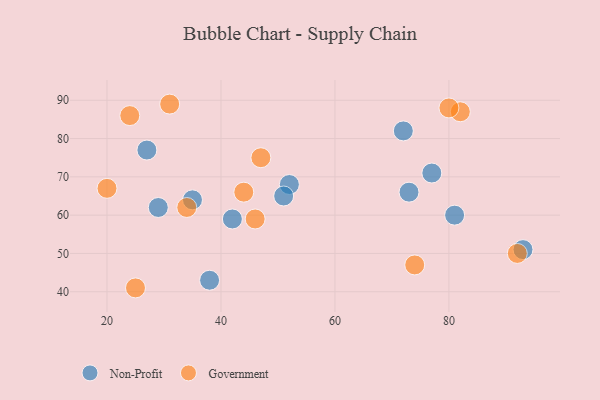
{"axis": {"x": "GDP", "y": "Life Expectancy"}, "legend": ["Government", "Non-Profit"], "data": [{"x": "52", "y": 68, "type": "Non-Profit"}, {"x": "51", "y": 65, "type": "Non-Profit"}, {"x": "29", "y": 62, "type": "Non-Profit"}, {"x": "77", "y": 71, "type": "Non-Profit"}, {"x": "81", "y": 60, "type": "Non-Profit"}, {"x": "27", "y": 77, "type": "Non-Profit"}, {"x": "73", "y": 66, "type": "Non-Profit"}, {"x": "38", "y": 43, "type": "Non-Profit"}, {"x": "93", "y": 51, "type": "Non-Profit"}, {"x": "42", "y": 59, "type": "Non-Profit"}, {"x": "72", "y": 82, "type": "Non-Profit"}, {"x": "35", "y": 64, "type": "Non-Profit"}, {"x": "44", "y": 66, "type": "Government"}, {"x": "31", "y": 89, "type": "Government"}, {"x": "47", "y": 75, "type": "Government"}, {"x": "34", "y": 62, "type": "Government"}, {"x": "82", "y": 87, "type": "Government"}, {"x": "25", "y": 41, "type": "Government"}, {"x": "80", "y": 88, "type": "Government"}, {"x": "74", "y": 47, "type": "Government"}, {"x": "92", "y": 50, "type": "Government"}, {"x": "46", "y": 59, "type": "Government"}, {"x": "20", "y": 67, "type": "Government"}, {"x": "24", "y": 86, "type": "Government"}]}